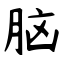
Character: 脑